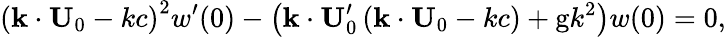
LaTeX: \left(\mathbf{k\cdot U}_{0}-kc\right)^{2}w^{\prime}(0)-\left(\mathbf{k\cdot U}_{0}^{\prime}\left(\mathbf{k\cdot U}_{0}-kc\right)+\mathrm{g}k^{2}\right)w(0)=0,